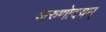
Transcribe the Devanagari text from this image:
अरुणोदयम्